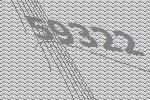
59322